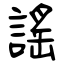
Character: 謠